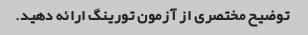
توضیح مختصری از آزمون تورینگ ارائه دهید.